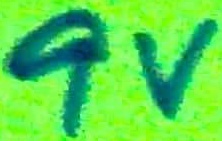
Text: 9V